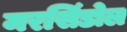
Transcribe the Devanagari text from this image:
मरसिंडोल